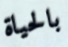
بالحياة